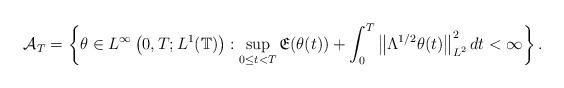
LaTeX: \begin{align*} \mathcal{A}_T&=\left\{\theta \in L^{\infty}\left(0,T; L^{1}(\mathbb{T})\right): \sup_{0\leq t<T} \mathfrak{E}(\theta(t)) + \int^{T}_{0}\left\|\Lambda^{1/2}\theta(t)\right\|^{2}_{L^{2}}dt<\infty \right\}. \end{align*}